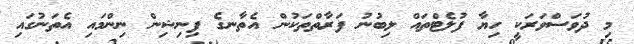
މި ދުވަސްވަރަކީ ހިޔާ ފުލެޓްތައް ލިބުނު ފަރާތްތަކުން އެތާނގެ ފިނިޝިން ނިންމައި އެތަނުގައި